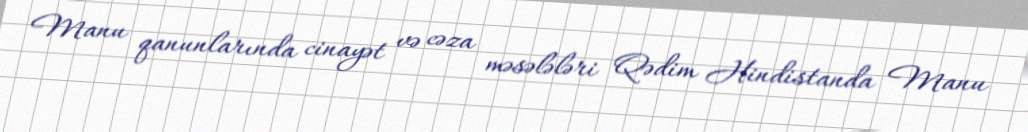
Manu qanunlarında cinayət və cəza məsələləri Qədim Hindistanda Manu